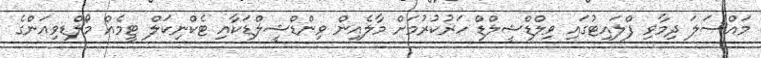
މައްސަލަ ދިމާވި ފްލައިޓުގައި ވިލްޑްޝީލްޑް ހަރުކުރުމަށް މާލެއިން ވިންޑްޝީލްޑަކާއި ޓެކްނިކަލް ޓީމެއް މޯލްޑިވިއަންގެ